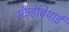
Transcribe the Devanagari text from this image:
स्कैंडेवियाई